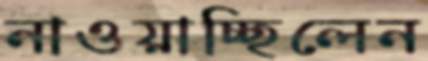
নাওয়াচ্ছিলেন